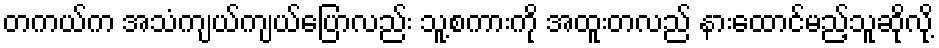
တကယ်က အသံကျယ်ကျယ်ပြောလည်း သူ့စကားကို အထူးတလည် နားထောင်မည့်သူဆိုလို့